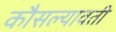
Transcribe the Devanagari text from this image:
कौसल्यावती